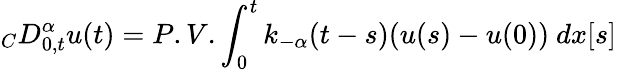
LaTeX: {}_{C}D_{0,t}^{\alpha}u(t)=P.V.\int_{0}^{t}k_{-\alpha}(t-s)(u(s)-u(0))\ dx[s]